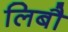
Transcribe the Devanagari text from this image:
लिबौ